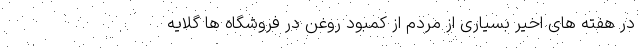
در هفته های اخیر بسیاری از مردم از کمبود روغن در فروشگاه ها گلایه